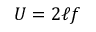
U = 2 \ell f